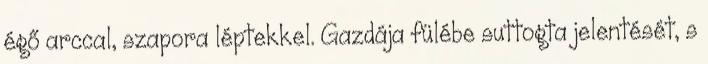
égő arccal, szapora léptekkel. Gazdája fülébe suttogta jelentését, s